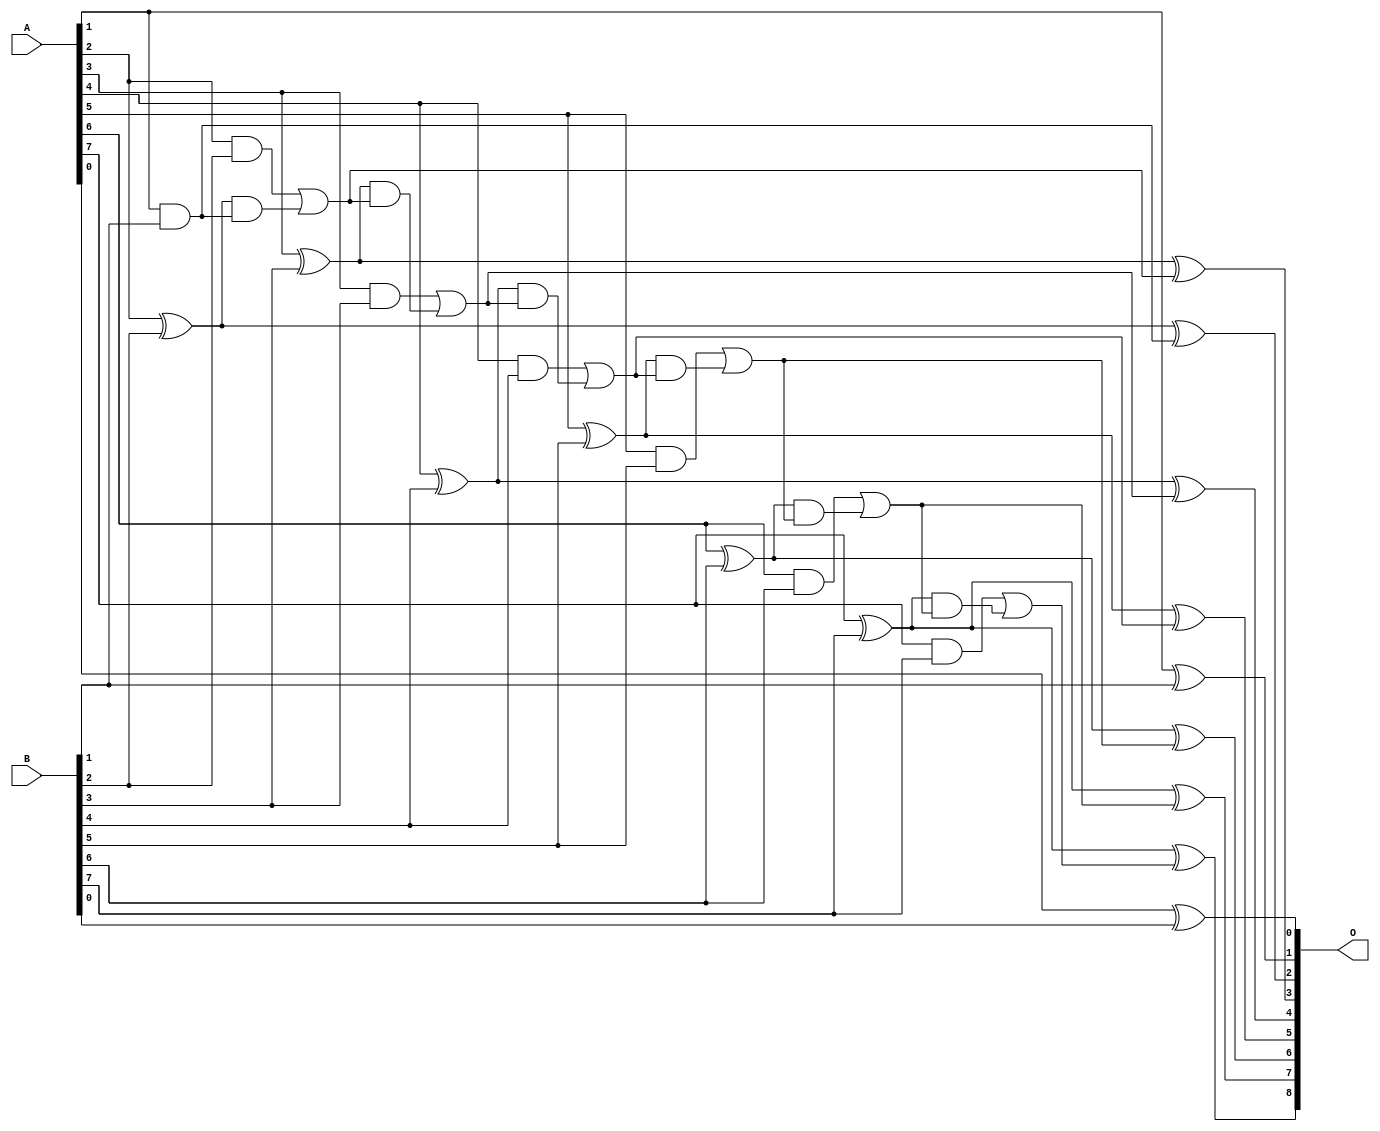
module add8se_91X (
    A,
    B,
    O
);

input [7:0] A;
input [7:0] B;
output [8:0] O;

wire sig_16,sig_19,sig_21,sig_23,sig_24,sig_25,sig_26,sig_27,sig_28,sig_29,sig_30,sig_31,sig_32,sig_33,sig_34,sig_35,sig_36,sig_37,sig_38,sig_39;
wire sig_40,sig_41,sig_42,sig_43,sig_44,sig_45,sig_46,sig_47,sig_48,sig_49,sig_50,sig_51,sig_52,sig_53,sig_54;

assign sig_16 = A[0] ^ B[0];
assign sig_19 = A[1] & B[1];
assign sig_21 = A[1] ^ B[1];
assign sig_23 = A[2] ^ B[2];
assign sig_24 = A[2] & B[2];
assign sig_25 = sig_23 & sig_19;
assign sig_26 = sig_23 ^ sig_19;
assign sig_27 = sig_24 | sig_25;
assign sig_28 = A[3] ^ B[3];
assign sig_29 = A[3] & B[3];
assign sig_30 = sig_28 & sig_27;
assign sig_31 = sig_28 ^ sig_27;
assign sig_32 = sig_29 | sig_30;
assign sig_33 = A[4] ^ B[4];
assign sig_34 = A[4] & B[4];
assign sig_35 = sig_33 & sig_32;
assign sig_36 = sig_33 ^ sig_32;
assign sig_37 = sig_34 | sig_35;
assign sig_38 = A[5] ^ B[5];
assign sig_39 = A[5] & B[5];
assign sig_40 = sig_38 & sig_37;
assign sig_41 = sig_38 ^ sig_37;
assign sig_42 = sig_39 | sig_40;
assign sig_43 = A[6] ^ B[6];
assign sig_44 = A[6] & B[6];
assign sig_45 = sig_43 & sig_42;
assign sig_46 = sig_43 ^ sig_42;
assign sig_47 = sig_44 | sig_45;
assign sig_48 = A[7] ^ B[7];
assign sig_49 = A[7] & B[7];
assign sig_50 = sig_48 & sig_47;
assign sig_51 = sig_48 ^ sig_47;
assign sig_52 = sig_49 | sig_50;
assign sig_53 = A[7] ^ B[7];
assign sig_54 = sig_53 ^ sig_52;

assign O[8] = sig_54;
assign O[7] = sig_51;
assign O[6] = sig_46;
assign O[5] = sig_41;
assign O[4] = sig_36;
assign O[3] = sig_31;
assign O[2] = sig_26;
assign O[1] = sig_21;
assign O[0] = sig_16;

endmodule